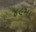
૪૯મા